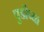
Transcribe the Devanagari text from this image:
पुडीच्या